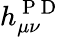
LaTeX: h_{\mu\nu}^{\mathrm{~P~D~}}